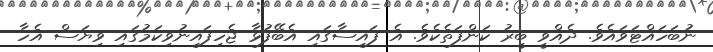
ނުބަހައްޓަވައެވެ. ދެއްވީ ބީރު ކަންފަތެކެވެ. އެ ފައިސާގައި އެބޭފުޅާ ޖެހިފައިނުވިކަމުގައި ވިޔަސް އެހާ